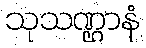
သုသဏ္ဌာနံ